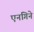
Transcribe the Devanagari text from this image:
एनगिने